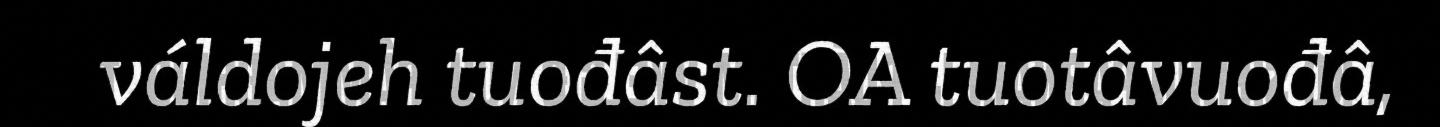
váldojeh tuođâst. OA tuotâvuođâ,